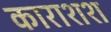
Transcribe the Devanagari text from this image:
काराशश